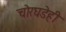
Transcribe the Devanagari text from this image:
चोरघडेही